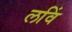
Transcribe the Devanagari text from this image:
लविं